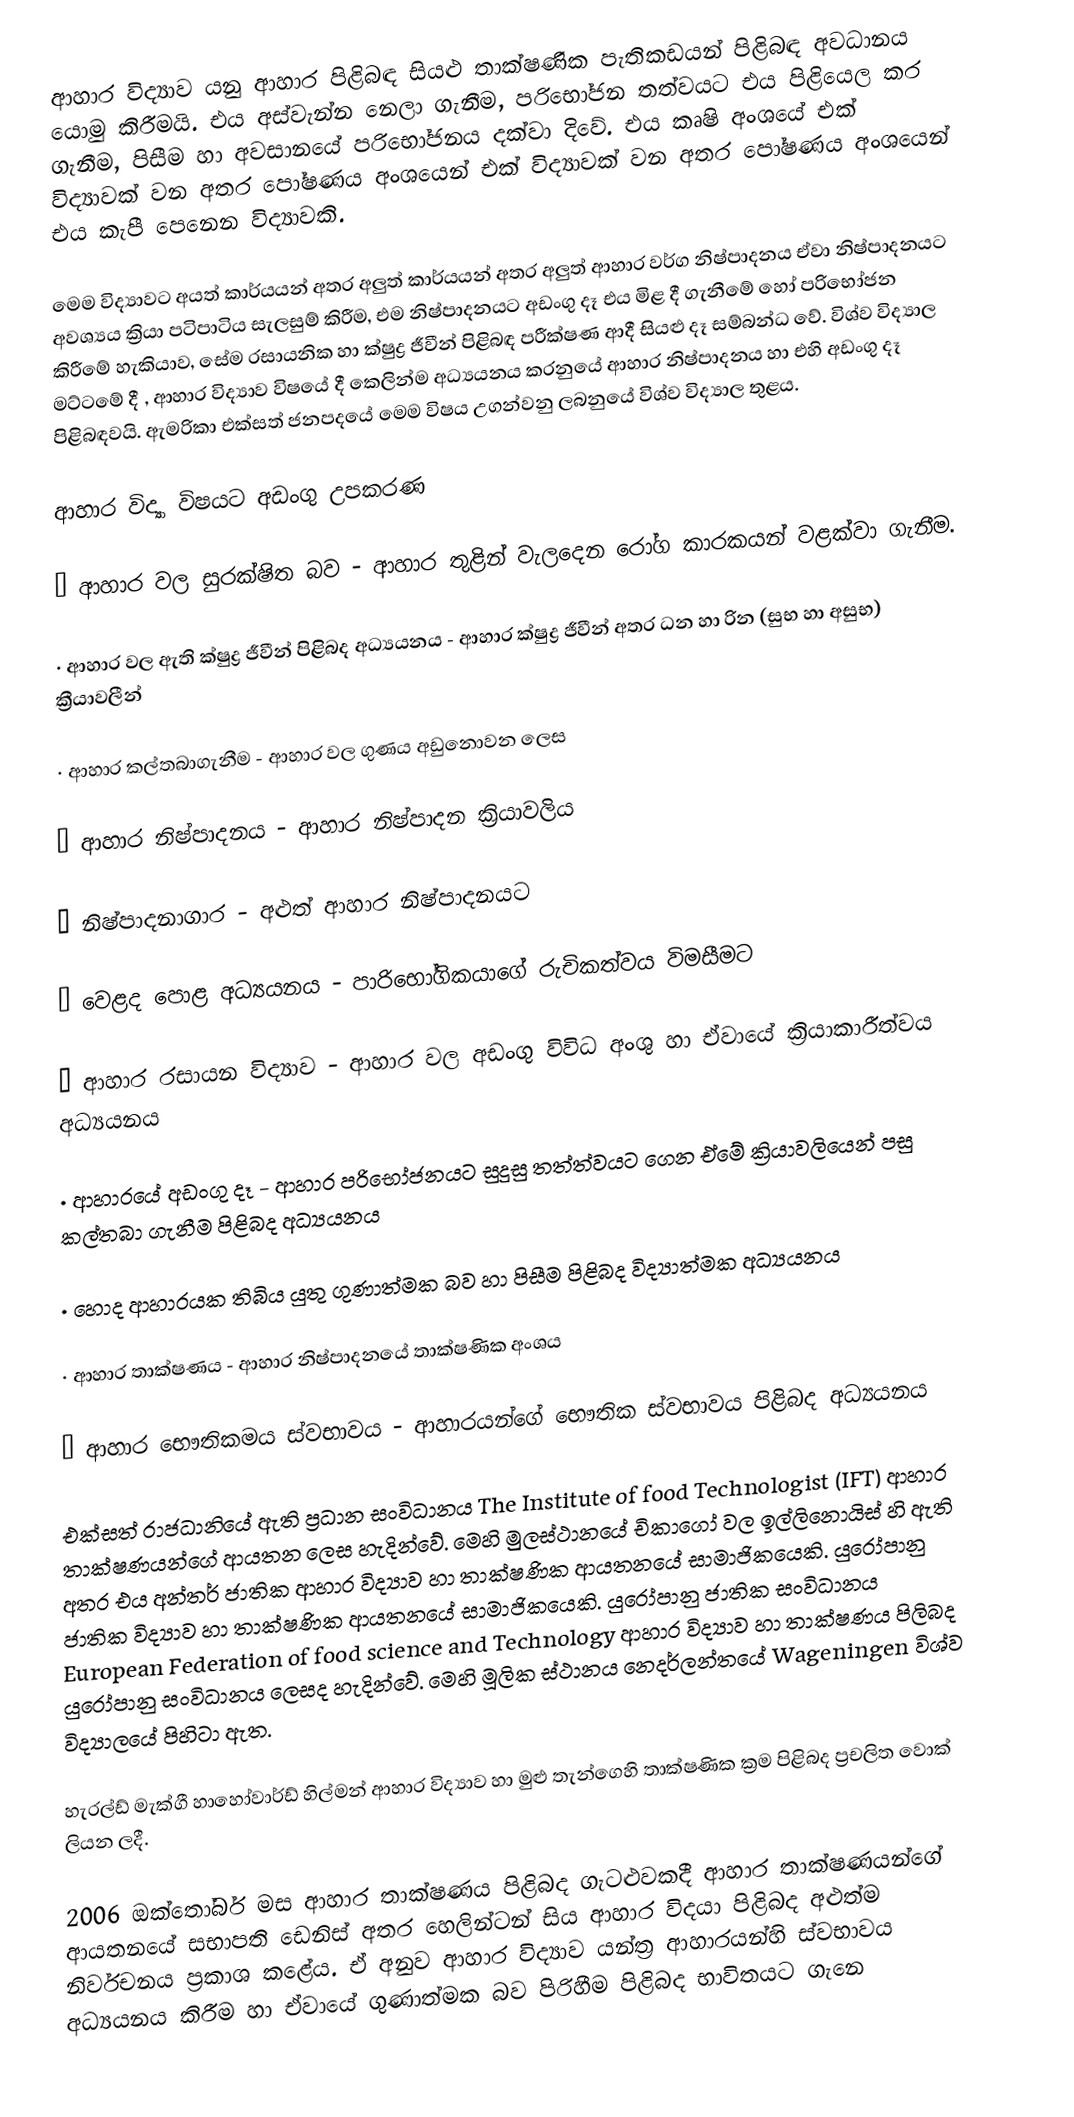
ආහාර විද්‍යාව යනු ආහාර පිළිබඳ සියළු තාක්ෂණික පැතිකඩයන් පිළිබඳ අවධානය යොමු කිරීමයි. එය අස්වැන්න නෙලා ගැනීම, පරිභෝජන තත්වයට එය පිළියෙල කර ගැනීම, පිසීම හා අවසානයේ පරිභෝජනය දක්වා දිවේ. එය කෘෂි අංශයේ එක් විද්‍යාවක් වන අතර පෝෂණය අංශයෙන් එක් විද්‍යාවක් වන අතර පෝෂණය අංශයෙන් එය කැපී පෙනෙන විද්‍යාවකි.

මෙම විද්‍යාවට අයත් කාර්යයන් අතර අලුත් කාර්යයන් අතර අලුත් ආහාර වර්ග නිෂ්පාදනය ඒවා නිෂ්පාදනයට අවශ්‍යය ක්‍රියා පටිපාටිය සැලසුම් කිරීම, එම නිෂ්පාදනයට අඩංගු දෑ එය මිළ දී ගැනීමේ හෝ පරිභෝජන කිරීමේ හැකියාව, සේම රසායනික හා ක්ෂුද්‍ර ජීවීන් පිළිබඳ පරීක්ෂණ ආදී සියළු දෑ සම්බන්ධ වේ. විශ්ව විද්‍යාල මට්ටමේ දී , ආහාර විද්‍යාව විෂයේ දී කෙලින්ම අධ්‍යයනය කරනුයේ ආහාර නිෂ්පාදනය හා එහි අඩංගු දෑ පිළිබඳවයි. ඇමරිකා එක්සත් ජනපදයේ මෙම විෂය උගන්වනු ලබනුයේ විශ්ව විද්‍යාල තුළය.

ආහාර විද්‍යා විෂයට අඩංගු උපකරණ

·	ආහාර වල සුරක්ෂිත බව - ආහාර තුළින් වැලදෙන රෝග කාරකයන් වළක්වා ගැනීම.

·	ආහාර වල ඇති ක්ෂුද්‍ර ජීවීන් පිළිබද අධ්‍යයනය - ආහාර ක්ෂුද්‍ර ජීවීන් අතර ධන හා රින (සුභ හා අසුභ) ක්‍රීයාවලීන්

·	ආහාර කල්තබාගැනීම - ආහාර වල ගුණය අඩුනොවන ලෙස

·	ආහාර නිෂ්පාදනය - ආහාර නිෂ්පාදන ක්‍රියාවලිය

·	නිෂ්පාදනාගාර - අළුත් ආහාර නිෂ්පාදනයට

·	වෙළද පොළ අධ්‍යයනය - පාරිභෝගිකයාගේ රුචිකත්වය විමසීමට

·	ආහාර රසායන විද්‍යාව - ආහාර වල අඩංගු විවිධ අංශු හා ඒවායේ ක්‍රියාකාරීත්වය අධ්‍යයනය

·	ආහාරයේ අඩංගු දෑ - ආහාර පරිභෝජනයට සුදුසු තත්ත්වයට ගෙන ඒමේ ක්‍රියාවලියෙන් පසු කල්තබා ගැනීම පිළිබද අධ්‍යයනය

·	හොද ආහාරයක තිබිය යුතු ගුණාත්මක බව හා පිසීම පිළිබද විද්‍යාත්මක අධ්‍යයනය

·	ආහාර තාක්ෂණය - ආහාර නිෂ්පාදනයේ තාක්ෂණික අංශය

·	ආහාර භෞතිකමය ස්වභාවය - ආහාරයන්ගේ භෞතික ස්වභාවය පිළිබද අධ්‍යයනය

එක්සත් රාජධානියේ ඇති ප්‍රධාන සංවිධානය The Institute of food Technologist (IFT) ආහාර තාක්ෂණයන්ගේ ආයතන ලෙස හැදින්වේ. මෙහි මුලස්ථානයේ චිකාගෝ වල ඉල්ලිනොයිස් හි ඇති අතර එය අන්තර් ජාතික ආහාර විද්‍යාව හා තාක්ෂණික ආයතනයේ සාමාජිකයෙකි. යුරෝපානු ජාතික විද්‍යාව හා තාක්ෂණික ආයත‍නයේ සාමාජිකයෙකි. යුරෝපානු ජාතික සංවිධානය European Federation of food science and Technology ආහාර විද්‍යාව හා තාක්ෂණය පිලිබද යුරෝපානු සංවිධානය ලෙසද හැදින්වේ. මෙහි මූලික ස්ථානය නෙදර්ලන්තයේ Wageningen විශ්ව විද්‍යාලයේ පිහිටා ඇත.

හැරල්ඩ් මැක්ගී හා‍හෝවාර්ඩ් හිල්මන් ආහාර විද්‍යාව හා මුළු තැන්ගෙහි තාක්ෂණික ක්‍රම පිළිබද ප්‍රචලිත වොක් ලියන ලදී.

2006 ඔක්තෝබර් මස ආහාර තාක්ෂණය පිළිබද ගැටළුවකදී ආහාර තාක්ෂණයන්ගේ ආයතනයේ සභාපති ඩෙනිස් අතර හෙලින්ටන් සිය  ආහාර විදයා පිළිබද අළුත්ම නිර්වචනය ප්‍රකාශ කළේය. ඒ අනුව ආහාර විද්‍යාව යන්ත්‍ර ආහාරයන්හි ස්වභාවය අධ්‍යයනය කිරීම හා ඒවායේ ගුණාත්මක බව පිරිහීම පිළිබද භාවිතයට ගැනෙ